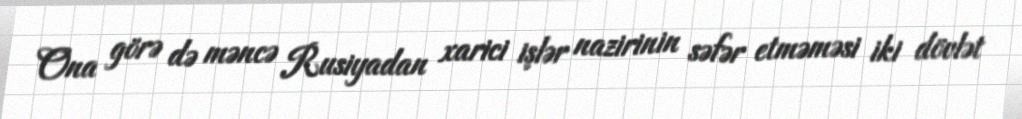
Ona görə də məncə Rusiyadan xarici işlər nazirinin səfər etməməsi iki dövlət